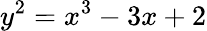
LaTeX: y^{2}=x^{3}-3x+2